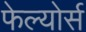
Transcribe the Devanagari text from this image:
फेल्योर्स